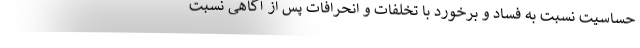
حساسیت نسبت به فساد و برخورد با تخلفات و انحرافات پس از آگاهی نسبت